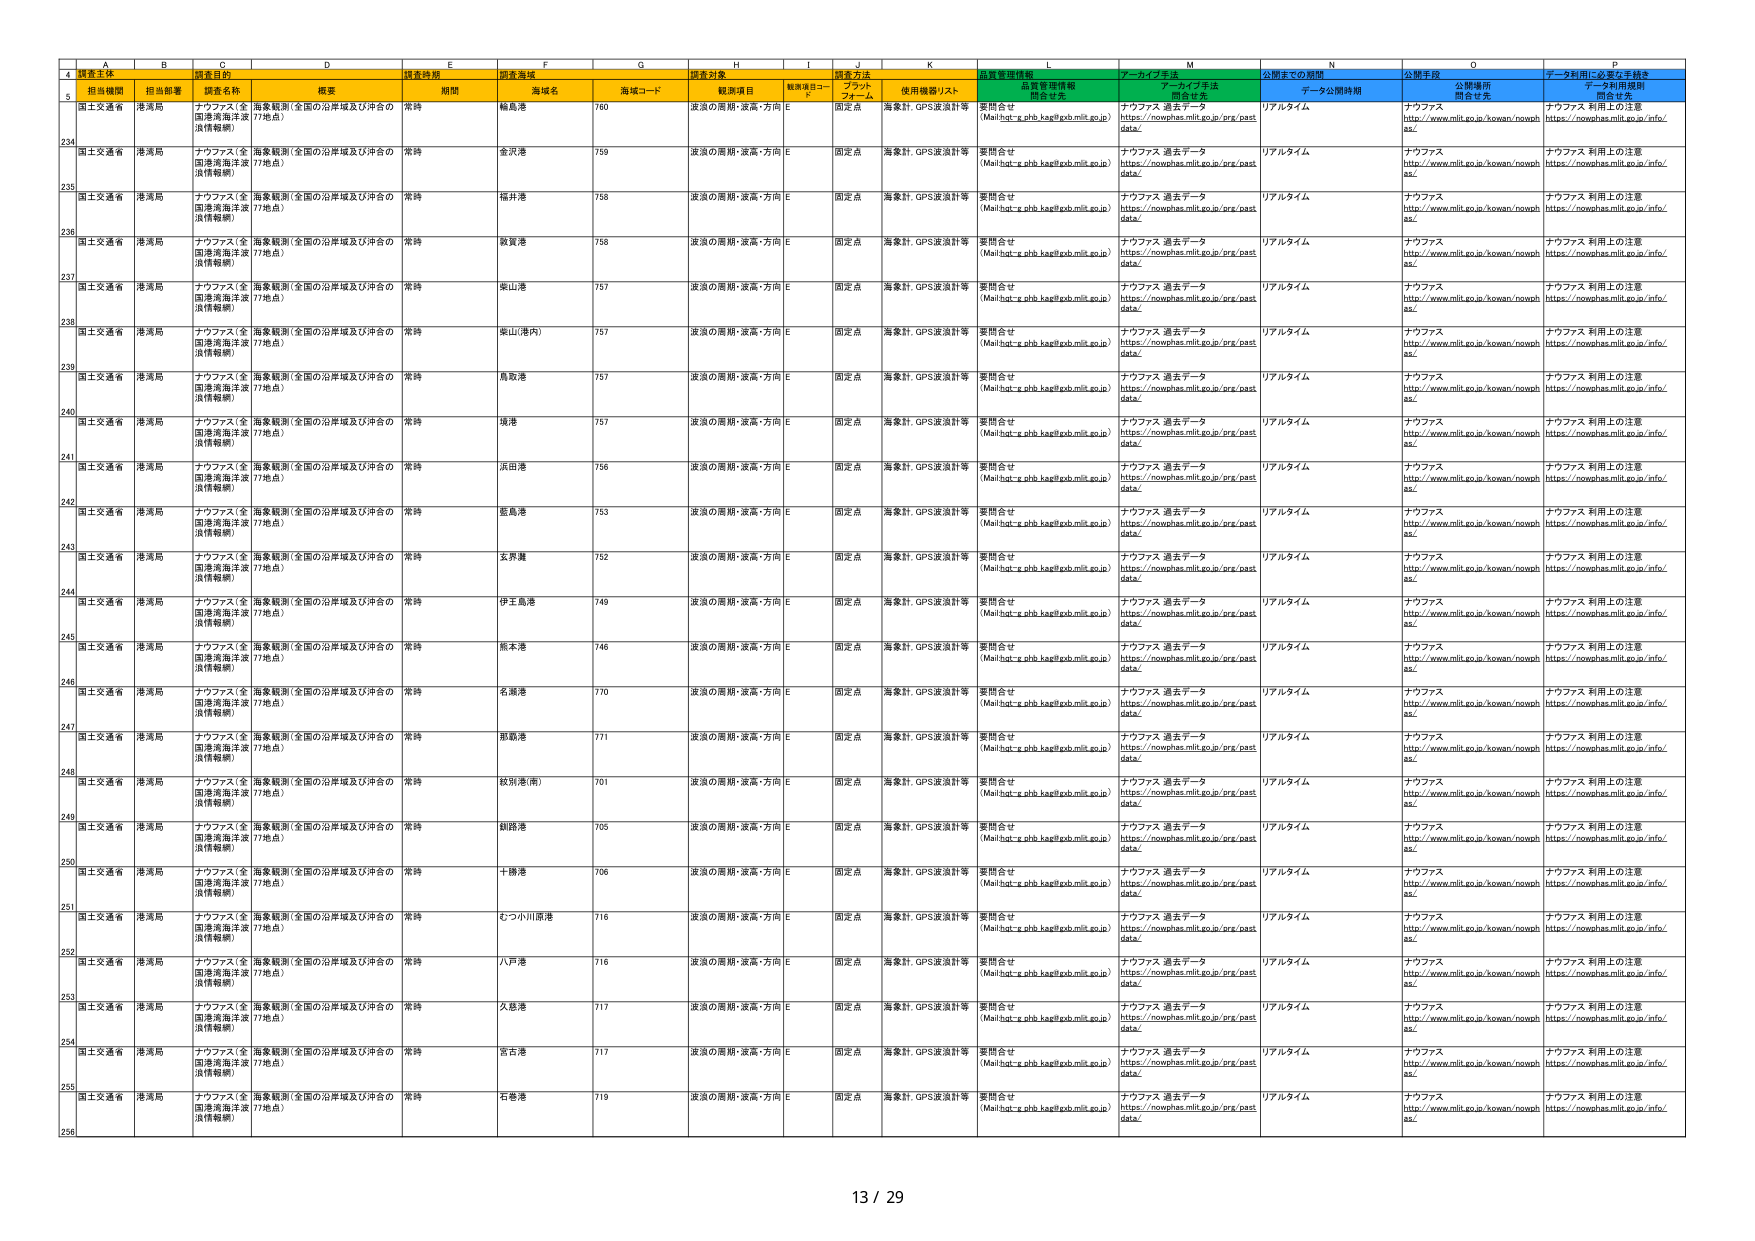
A
B
C
D
E
F
G
H
I
J
K
L
M
N
O
P
4
調査主体
調査目的
調査時期
調査海域
調査対象
調査方法
品質管理情報
アーカイブ手法
公開までの期間
公開手段
データ利用に必要な手続き
5
担当機関
担当部署
調査名称
概要
期間
海域名
海域コード
観測項目
観測項目コード
プラットフォーム
使用機器/リスト
品質管理情報開示先
アーカイブ手法開示先
データ公開時期
公開場所開示先
データ利用規程開示先
234
国土交通省
港湾局
ナウファス（全国港湾海洋波浪情報網）
海象観測（全国の沿岸域及び沖合の17地点）
常時
輪島港
760
波浪の周期・波高・方向
E
固定点
海象計、GPS波浪計等
要問合せ（Mail:hot-e.phb.kap@gob.mlit.go.jp）
ナウファス 過去データhttps://nowphas.mlit.go.jp/prg/pastdata/
リアルタイム
ナウファスhttp://www.mlit.go.jp/kowan/nowphas/
ナウファス 利用上の注意https://nowphas.mlit.go.jp/info/
235
国土交通省
港湾局
ナウファス（全国港湾海洋波浪情報網）
海象観測（全国の沿岸域及び沖合の17地点）
常時
金沢港
759
波浪の周期・波高・方向
E
固定点
海象計、GPS波浪計等
要問合せ（Mail:hot-e.phb.kap@gob.mlit.go.jp）
ナウファス 過去データhttps://nowphas.mlit.go.jp/prg/pastdata/
リアルタイム
ナウファスhttp://www.mlit.go.jp/kowan/nowphas/
ナウファス 利用上の注意https://nowphas.mlit.go.jp/info/
236
国土交通省
港湾局
ナウファス（全国港湾海洋波浪情報網）
海象観測（全国の沿岸域及び沖合の17地点）
常時
福井港
758
波浪の周期・波高・方向
E
固定点
海象計、GPS波浪計等
要問合せ（Mail:hot-e.phb.kap@gob.mlit.go.jp）
ナウファス 過去データhttps://nowphas.mlit.go.jp/prg/pastdata/
リアルタイム
ナウファスhttp://www.mlit.go.jp/kowan/nowphas/
ナウファス 利用上の注意https://nowphas.mlit.go.jp/info/
237
国土交通省
港湾局
ナウファス（全国港湾海洋波浪情報網）
海象観測（全国の沿岸域及び沖合の17地点）
常時
敦賀港
758
波浪の周期・波高・方向
E
固定点
海象計、GPS波浪計等
要問合せ（Mail:hot-e.phb.kap@gob.mlit.go.jp）
ナウファス 過去データhttps://nowphas.mlit.go.jp/prg/pastdata/
リアルタイム
ナウファスhttp://www.mlit.go.jp/kowan/nowphas/
ナウファス 利用上の注意https://nowphas.mlit.go.jp/info/
238
国土交通省
港湾局
ナウファス（全国港湾海洋波浪情報網）
海象観測（全国の沿岸域及び沖合の17地点）
常時
東山港
757
波浪の周期・波高・方向
E
固定点
海象計、GPS波浪計等
要問合せ（Mail:hot-e.phb.kap@gob.mlit.go.jp）
ナウファス 過去データhttps://nowphas.mlit.go.jp/prg/pastdata/
リアルタイム
ナウファスhttp://www.mlit.go.jp/kowan/nowphas/
ナウファス 利用上の注意https://nowphas.mlit.go.jp/info/
239
国土交通省
港湾局
ナウファス（全国港湾海洋波浪情報網）
海象観測（全国の沿岸域及び沖合の17地点）
常時
東山港(内)
757
波浪の周期・波高・方向
E
固定点
海象計、GPS波浪計等
要問合せ（Mail:hot-e.phb.kap@gob.mlit.go.jp）
ナウファス 過去データhttps://nowphas.mlit.go.jp/prg/pastdata/
リアルタイム
ナウファスhttp://www.mlit.go.jp/kowan/nowphas/
ナウファス 利用上の注意https://nowphas.mlit.go.jp/info/
240
国土交通省
港湾局
ナウファス（全国港湾海洋波浪情報網）
海象観測（全国の沿岸域及び沖合の17地点）
常時
鳥取港
757
波浪の周期・波高・方向
E
固定点
海象計、GPS波浪計等
要問合せ（Mail:hot-e.phb.kap@gob.mlit.go.jp）
ナウファス 過去データhttps://nowphas.mlit.go.jp/prg/pastdata/
リアルタイム
ナウファスhttp://www.mlit.go.jp/kowan/nowphas/
ナウファス 利用上の注意https://nowphas.mlit.go.jp/info/
241
国土交通省
港湾局
ナウファス（全国港湾海洋波浪情報網）
海象観測（全国の沿岸域及び沖合の17地点）
常時
境港
757
波浪の周期・波高・方向
E
固定点
海象計、GPS波浪計等
要問合せ（Mail:hot-e.phb.kap@gob.mlit.go.jp）
ナウファス 過去データhttps://nowphas.mlit.go.jp/prg/pastdata/
リアルタイム
ナウファスhttp://www.mlit.go.jp/kowan/nowphas/
ナウファス 利用上の注意https://nowphas.mlit.go.jp/info/
242
国土交通省
港湾局
ナウファス（全国港湾海洋波浪情報網）
海象観測（全国の沿岸域及び沖合の17地点）
常時
浜田港
756
波浪の周期・波高・方向
E
固定点
海象計、GPS波浪計等
要問合せ（Mail:hot-e.phb.kap@gob.mlit.go.jp）
ナウファス 過去データhttps://nowphas.mlit.go.jp/prg/pastdata/
リアルタイム
ナウファスhttp://www.mlit.go.jp/kowan/nowphas/
ナウファス 利用上の注意https://nowphas.mlit.go.jp/info/
243
国土交通省
港湾局
ナウファス（全国港湾海洋波浪情報網）
海象観測（全国の沿岸域及び沖合の17地点）
常時
藍島港
753
波浪の周期・波高・方向
E
固定点
海象計、GPS波浪計等
要問合せ（Mail:hot-e.phb.kap@gob.mlit.go.jp）
ナウファス 過去データhttps://nowphas.mlit.go.jp/prg/pastdata/
リアルタイム
ナウファスhttp://www.mlit.go.jp/kowan/nowphas/
ナウファス 利用上の注意https://nowphas.mlit.go.jp/info/
244
国土交通省
港湾局
ナウファス（全国港湾海洋波浪情報網）
海象観測（全国の沿岸域及び沖合の17地点）
常時
女満瀬
752
波浪の周期・波高・方向
E
固定点
海象計、GPS波浪計等
要問合せ（Mail:hot-e.phb.kap@gob.mlit.go.jp）
ナウファス 過去データhttps://nowphas.mlit.go.jp/prg/pastdata/
リアルタイム
ナウファスhttp://www.mlit.go.jp/kowan/nowphas/
ナウファス 利用上の注意https://nowphas.mlit.go.jp/info/
245
国土交通省
港湾局
ナウファス（全国港湾海洋波浪情報網）
海象観測（全国の沿岸域及び沖合の17地点）
常時
伊豆島港
749
波浪の周期・波高・方向
E
固定点
海象計、GPS波浪計等
要問合せ（Mail:hot-e.phb.kap@gob.mlit.go.jp）
ナウファス 過去データhttps://nowphas.mlit.go.jp/prg/pastdata/
リアルタイム
ナウファスhttp://www.mlit.go.jp/kowan/nowphas/
ナウファス 利用上の注意https://nowphas.mlit.go.jp/info/
246
国土交通省
港湾局
ナウファス（全国港湾海洋波浪情報網）
海象観測（全国の沿岸域及び沖合の17地点）
常時
熊本港
746
波浪の周期・波高・方向
E
固定点
海象計、GPS波浪計等
要問合せ（Mail:hot-e.phb.kap@gob.mlit.go.jp）
ナウファス 過去データhttps://nowphas.mlit.go.jp/prg/pastdata/
リアルタイム
ナウファスhttp://www.mlit.go.jp/kowan/nowphas/
ナウファス 利用上の注意https://nowphas.mlit.go.jp/info/
247
国土交通省
港湾局
ナウファス（全国港湾海洋波浪情報網）
海象観測（全国の沿岸域及び沖合の17地点）
常時
名瀬港
770
波浪の周期・波高・方向
E
固定点
海象計、GPS波浪計等
要問合せ（Mail:hot-e.phb.kap@gob.mlit.go.jp）
ナウファス 過去データhttps://nowphas.mlit.go.jp/prg/pastdata/
リアルタイム
ナウファスhttp://www.mlit.go.jp/kowan/nowphas/
ナウファス 利用上の注意https://nowphas.mlit.go.jp/info/
248
国土交通省
港湾局
ナウファス（全国港湾海洋波浪情報網）
海象観測（全国の沿岸域及び沖合の17地点）
常時
那覇港
771
波浪の周期・波高・方向
E
固定点
海象計、GPS波浪計等
要問合せ（Mail:hot-e.phb.kap@gob.mlit.go.jp）
ナウファス 過去データhttps://nowphas.mlit.go.jp/prg/pastdata/
リアルタイム
ナウファスhttp://www.mlit.go.jp/kowan/nowphas/
ナウファス 利用上の注意https://nowphas.mlit.go.jp/info/
249
国土交通省
港湾局
ナウファス（全国港湾海洋波浪情報網）
海象観測（全国の沿岸域及び沖合の17地点）
常時
鉄砲港(南)
701
波浪の周期・波高・方向
E
固定点
海象計、GPS波浪計等
要問合せ（Mail:hot-e.phb.kap@gob.mlit.go.jp）
ナウファス 過去データhttps://nowphas.mlit.go.jp/prg/pastdata/
リアルタイム
ナウファスhttp://www.mlit.go.jp/kowan/nowphas/
ナウファス 利用上の注意https://nowphas.mlit.go.jp/info/
250
国土交通省
港湾局
ナウファス（全国港湾海洋波浪情報網）
海象観測（全国の沿岸域及び沖合の17地点）
常時
釣路港
705
波浪の周期・波高・方向
E
固定点
海象計、GPS波浪計等
要問合せ（Mail:hot-e.phb.kap@gob.mlit.go.jp）
ナウファス 過去データhttps://nowphas.mlit.go.jp/prg/pastdata/
リアルタイム
ナウファスhttp://www.mlit.go.jp/kowan/nowphas/
ナウファス 利用上の注意https://nowphas.mlit.go.jp/info/
251
国土交通省
港湾局
ナウファス（全国港湾海洋波浪情報網）
海象観測（全国の沿岸域及び沖合の17地点）
常時
十勝港
706
波浪の周期・波高・方向
E
固定点
海象計、GPS波浪計等
要問合せ（Mail:hot-e.phb.kap@gob.mlit.go.jp）
ナウファス 過去データhttps://nowphas.mlit.go.jp/prg/pastdata/
リアルタイム
ナウファスhttp://www.mlit.go.jp/kowan/nowphas/
ナウファス 利用上の注意https://nowphas.mlit.go.jp/info/
252
国土交通省
港湾局
ナウファス（全国港湾海洋波浪情報網）
海象観測（全国の沿岸域及び沖合の17地点）
常時
むつ小川原港
716
波浪の周期・波高・方向
E
固定点
海象計、GPS波浪計等
要問合せ（Mail:hot-e.phb.kap@gob.mlit.go.jp）
ナウファス 過去データhttps://nowphas.mlit.go.jp/prg/pastdata/
リアルタイム
ナウファスhttp://www.mlit.go.jp/kowan/nowphas/
ナウファス 利用上の注意https://nowphas.mlit.go.jp/info/
253
国土交通省
港湾局
ナウファス（全国港湾海洋波浪情報網）
海象観測（全国の沿岸域及び沖合の17地点）
常時
八戸港
716
波浪の周期・波高・方向
E
固定点
海象計、GPS波浪計等
要問合せ（Mail:hot-e.phb.kap@gob.mlit.go.jp）
ナウファス 過去データhttps://nowphas.mlit.go.jp/prg/pastdata/
リアルタイム
ナウファスhttp://www.mlit.go.jp/kowan/nowphas/
ナウファス 利用上の注意https://nowphas.mlit.go.jp/info/
254
国土交通省
港湾局
ナウファス（全国港湾海洋波浪情報網）
海象観測（全国の沿岸域及び沖合の17地点）
常時
久慈港
717
波浪の周期・波高・方向
E
固定点
海象計、GPS波浪計等
要問合せ（Mail:hot-e.phb.kap@gob.mlit.go.jp）
ナウファス 過去データhttps://nowphas.mlit.go.jp/prg/pastdata/
リアルタイム
ナウファスhttp://www.mlit.go.jp/kowan/nowphas/
ナウファス 利用上の注意https://nowphas.mlit.go.jp/info/
255
国土交通省
港湾局
ナウファス（全国港湾海洋波浪情報網）
海象観測（全国の沿岸域及び沖合の17地点）
常時
宮古港
717
波浪の周期・波高・方向
E
固定点
海象計、GPS波浪計等
要問合せ（Mail:hot-e.phb.kap@gob.mlit.go.jp）
ナウファス 過去データhttps://nowphas.mlit.go.jp/prg/pastdata/
リアルタイム
ナウファスhttp://www.mlit.go.jp/kowan/nowphas/
ナウファス 利用上の注意https://nowphas.mlit.go.jp/info/
256
国土交通省
港湾局
ナウファス（全国港湾海洋波浪情報網）
海象観測（全国の沿岸域及び沖合の17地点）
常時
石巻港
719
波浪の周期・波高・方向
E
固定点
海象計、GPS波浪計等
要問合せ（Mail:hot-e.phb.kap@gob.mlit.go.jp）
ナウファス 過去データhttps://nowphas.mlit.go.jp/prg/pastdata/
リアルタイム
ナウファスhttp://www.mlit.go.jp/kowan/nowphas/
ナウファス 利用上の注意https://nowphas.mlit.go.jp/info/
13 / 29